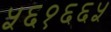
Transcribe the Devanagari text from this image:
५६१६६५